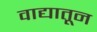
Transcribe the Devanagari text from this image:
वाद्यातून